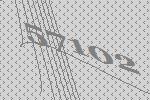
57102